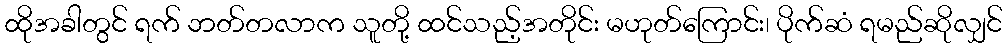
ထိုအခါတွင် ရက် ဘတ်တလာက သူတို့ ထင်သည့်အတိုင်း မဟုတ်ကြောင်း၊ ပိုက်ဆံ ရမည်ဆိုလျှင်